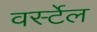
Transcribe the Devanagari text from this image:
वर्स्टेल